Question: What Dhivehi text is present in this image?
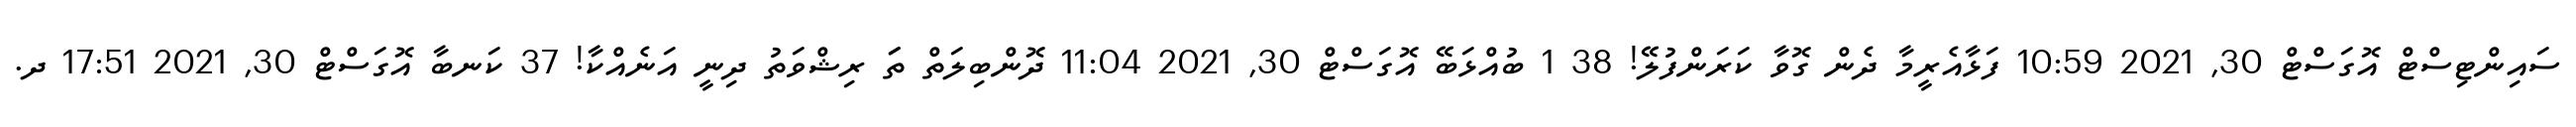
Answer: ސައިންޓިސްޓް އޮގަސްޓް 30, 2021 10:59 ފަޅާއެރީމާ ދެން ގޮވާ ކަރަންފުލޭ! 38 1 ބުއްޅަބޭ އޮގަސްޓް 30, 2021 11:04 ދޮންބިލަތް ތަަ ރިޝްވަތު ދިނީ އަނެއްކާ! 37 ކަނބާ އޮގަސްޓް 30, 2021 17:51 ދ.